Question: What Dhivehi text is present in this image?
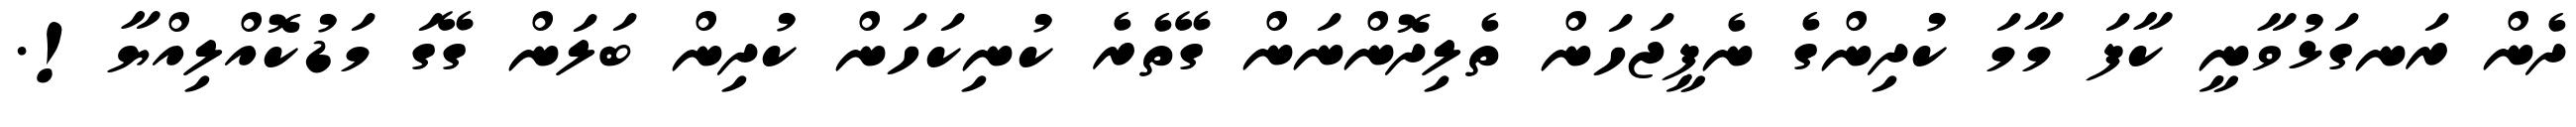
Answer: ދެން ރަނގަޅުވާނީ ކާފަ މާމަ ކުދިންގެ ނެޕީޖަހަން ތެލިދޮންނަން ގޭތެރެ ކުނިކަހަން ކުދިން ބަލަން ގޭގަ މަޑުކޮއްލިއްޔާ!.